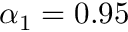
\alpha _ { 1 } = 0 . 9 5